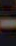
-